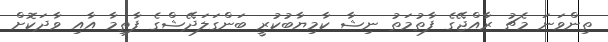
ތިންވަނަ މެޗު ރާއްޖޭގެ ފާތުމަތު ނިޝާ ކާމިޔާބުކުރީ ބަންގަލަދޭޝްގެ ފާތިމާ އާއި ވާދަކޮށް